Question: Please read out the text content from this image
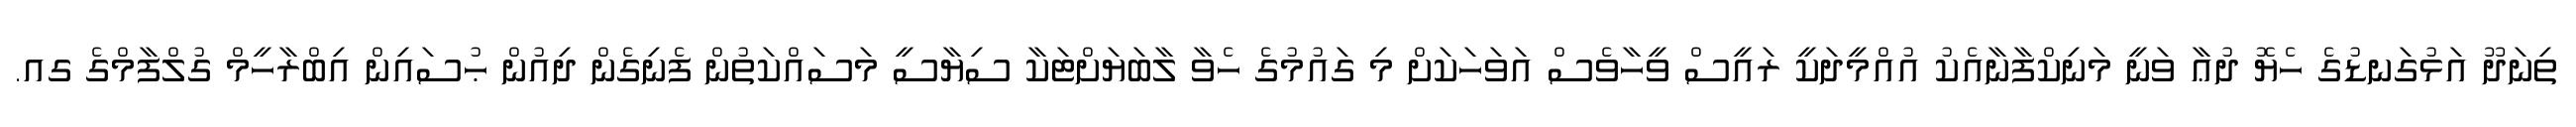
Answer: ތިނަދޫ އަޅުގަނޑުގެ ހެޔޮ ދުޢާ ވަނީ މަނިކްފާނާއެކު އުއްމީދަކީ ރައީސް ވީހާވެސް އަވަހަކަށް މި ގައުމުގެ ހެވާ ލާބަޔަށްޓަކާ ސިޔާސީ މަސައްކަތުން ފެނިގެން ދިއުން ޙުސައިން އިބްރާހީމް ގުލްފާމްގެ ގއ.